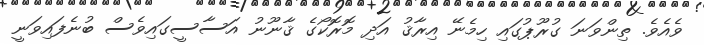
ވެއެވެ. ތިންވަނަ ގުރޫޕުގައި ހިމެނޭ އިރާޤު އަދި މޮރޮކޯގެ ޤާނޫނު އަސާސީގައިވެސް ބުނެފައިވަނީ